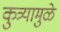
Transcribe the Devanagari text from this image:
कुत्र्यामुळे